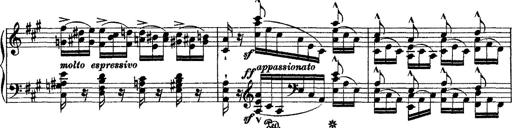
Title: Grande fantasie di bravura sur La clochette
Composer: Franz Liszt
Key: A minor